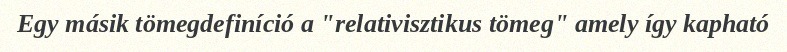
Egy másik tömegdefiníció a "relativisztikus tömeg" amely így kapható